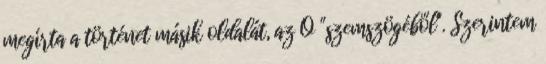
megírta a történet másik oldalát, az Ő "szemszögéből". Szerintem